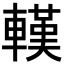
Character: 𨎔